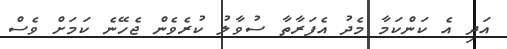
އަދި އެ ކަންކަމާ މެދު އެފަރާތާ ސުވާލު ކުރެވެން ޖެހޭނެ ކަމަށް ވެސް